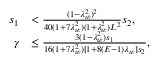
\begin{array} { r l } { s _ { 1 } } & { < \frac { ( 1 - \lambda _ { w } ^ { 2 } ) ^ { 2 } } { 4 0 ( 1 + 7 \lambda _ { w } ^ { 2 } ) ( 1 + \lambda _ { w } ^ { 2 } ) L ^ { 2 } } s _ { 2 } , } \\ { \gamma } & { \leq \frac { 3 ( 1 - \lambda _ { w } ^ { 2 } ) s _ { 1 } } { 1 6 ( 1 + 7 \lambda _ { w } ^ { 2 } ) [ 1 + 8 ( E - 1 ) \lambda _ { w } ] s _ { 2 } } , } \end{array}